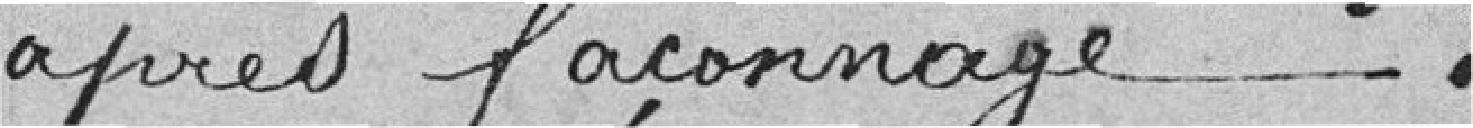
après façonnage.